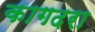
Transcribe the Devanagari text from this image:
कागदरा